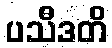
ပသီဒတိ